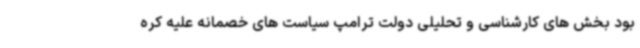
بود بخش های کارشناسی و تحلیلی دولت ترامپ سیاست های خصمانه علیه کره